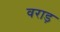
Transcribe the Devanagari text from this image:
वराड़